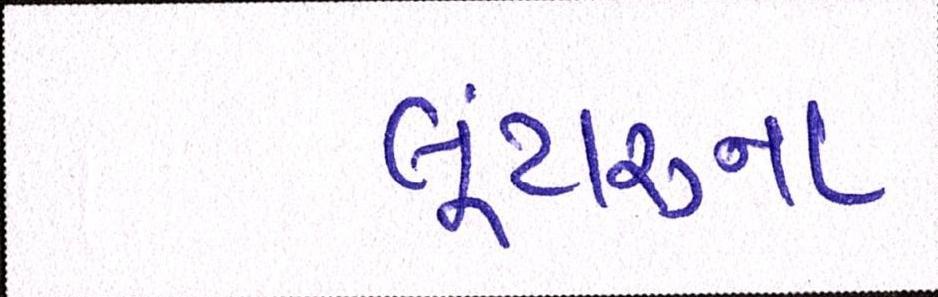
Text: લૂંટારુના